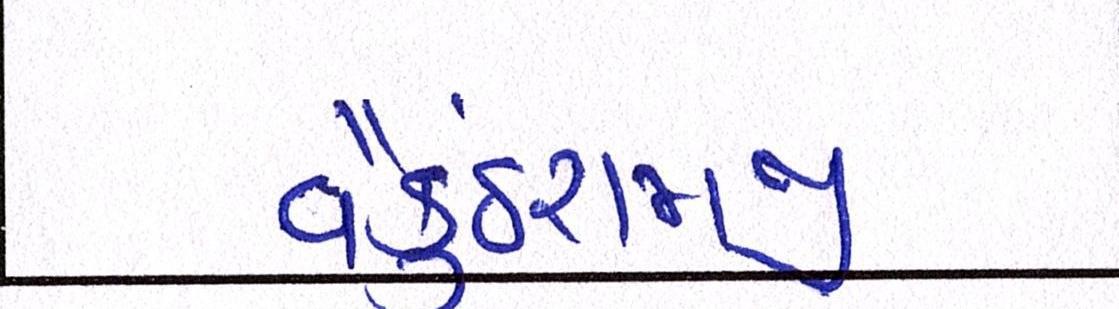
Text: વૈકુંઠરામજી